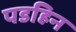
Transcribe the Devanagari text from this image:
पडहिन